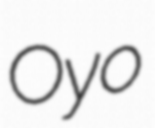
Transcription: Oyo